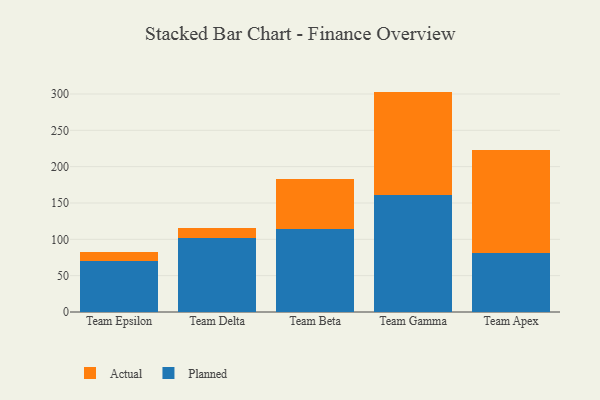
{"axis": {"x": "Team", "y": "Humidity (%)"}, "legend": ["Actual", "Planned"], "data": [{"x": "Team Epsilon", "y": 70.7, "type": "Planned"}, {"x": "Team Epsilon", "y": 12.5, "type": "Actual"}, {"x": "Team Delta", "y": 101.8, "type": "Planned"}, {"x": "Team Delta", "y": 14.2, "type": "Actual"}, {"x": "Team Beta", "y": 114.2, "type": "Planned"}, {"x": "Team Beta", "y": 68.9, "type": "Actual"}, {"x": "Team Gamma", "y": 160.5, "type": "Planned"}, {"x": "Team Gamma", "y": 142.8, "type": "Actual"}, {"x": "Team Apex", "y": 80.8, "type": "Planned"}, {"x": "Team Apex", "y": 142.6, "type": "Actual"}]}